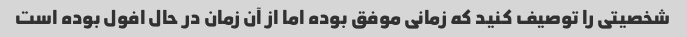
شخصیتی را توصیف کنید که زمانی موفق بوده اما از آن زمان در حال افول بوده است